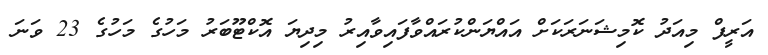
އަރީފް މިއަދު ކޮމިޝަނަރަކަށް އައްޔަންކުރައްވާފައިވާއިރު މިދިޔަ އޮކްޓޫބަރު މަހުގެ މަހުގެ 23 ވަނަ